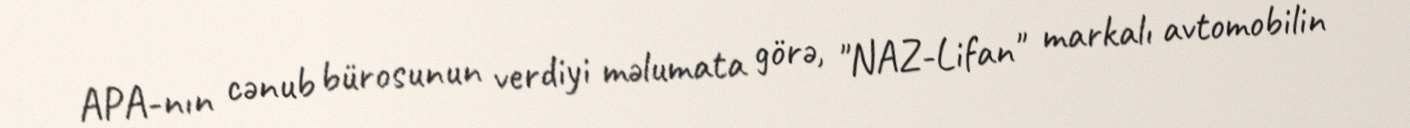
APA-nın cənub bürosunun verdiyi məlumata görə, "NAZ-Lifan" markalı avtomobilin